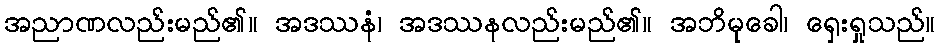
အညာဏလည်းမည်၏။ အဒဿနံ၊ အဒဿနလည်းမည်၏။ အဘိမုခေါ၊ ရှေးရှုသည်။